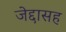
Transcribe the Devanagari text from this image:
जेद्दासह